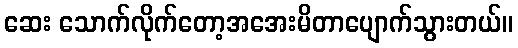
ဆေး သောက်လိုက်တော့အအေးမိတာပျောက်သွားတယ်။